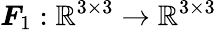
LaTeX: \boldsymbol{F}_{1}:\mathbb{R}^{3\times 3}\rightarrow\mathbb{R}^{3\times 3}